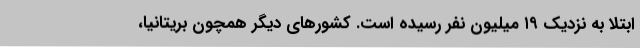
ابتلا به نزدیک ۱۹ میلیون نفر رسیده است. کشورهای دیگر همچون بریتانیا،